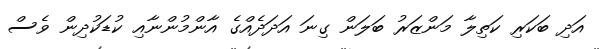
އަދި ބަކަރި ކަތިލާ މަންޒަރު ބަލަން ގިނަ އަދަދެއްގެ އާންމުންނާއި ކުޑަކުދިން ވެސް